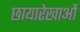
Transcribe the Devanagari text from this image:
छायारेखाओं